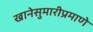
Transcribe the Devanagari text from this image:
खानेसुमारीप्रमाणे